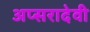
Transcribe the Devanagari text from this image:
अप्सरादेवी